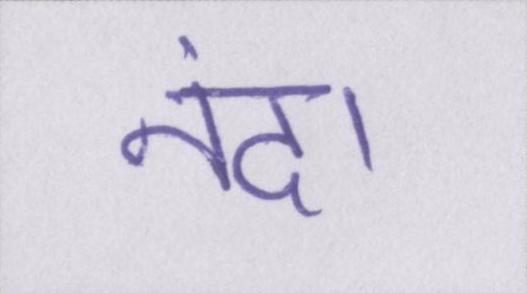
नंदा